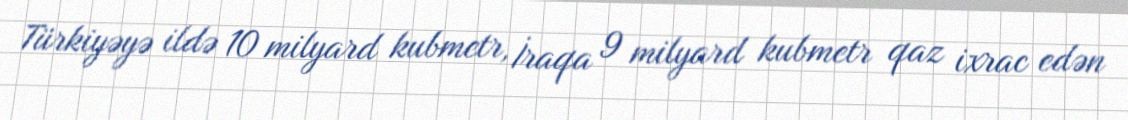
Türkiyəyə ildə 10 milyard kubmetr, İraqa 9 milyard kubmetr qaz ixrac edən